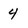
Character: 4